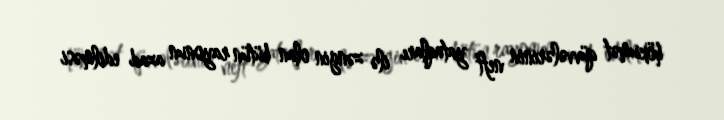
hökumət qüvvələrinin neft yataqları ilə zəngin olan bütün rayonun azad edilməsi